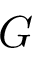
G